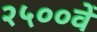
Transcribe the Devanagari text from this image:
२५००वें